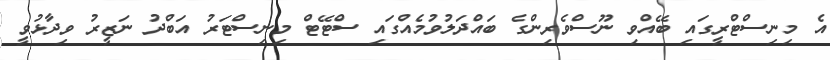
އެ މިނިސްޓްރީގައި ބޭއްވި ނޫސްވެރިންގެ ބައްދަލުވުމެއްގައި ސްޓޭޓް މިނިސްޓަރު އަބްދު ނަޒީރު ވިދާޅުވީ